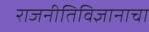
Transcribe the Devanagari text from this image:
राजनीतिविज्ञानाचा